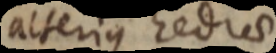
alterius redia